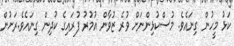
ކަޅު މީހުން ގިނައެވެ. މުސްކުޅިންނަށް ވުރެ ޒުވާން އުމުރު ފުރައިގެ ކުދިން ގިނައެވެ.ރަށުން